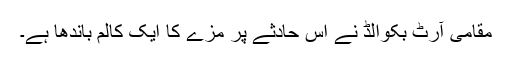
مقامی آرٹ بکوالڈ نے اس حادثے پر مزے کا ایک کالم باندھا ہے۔